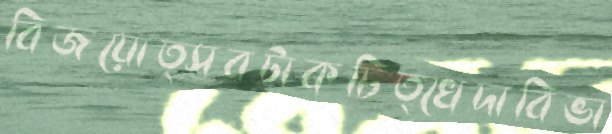
বিজয়োত্সবটাকচিত্খেদাবিভা